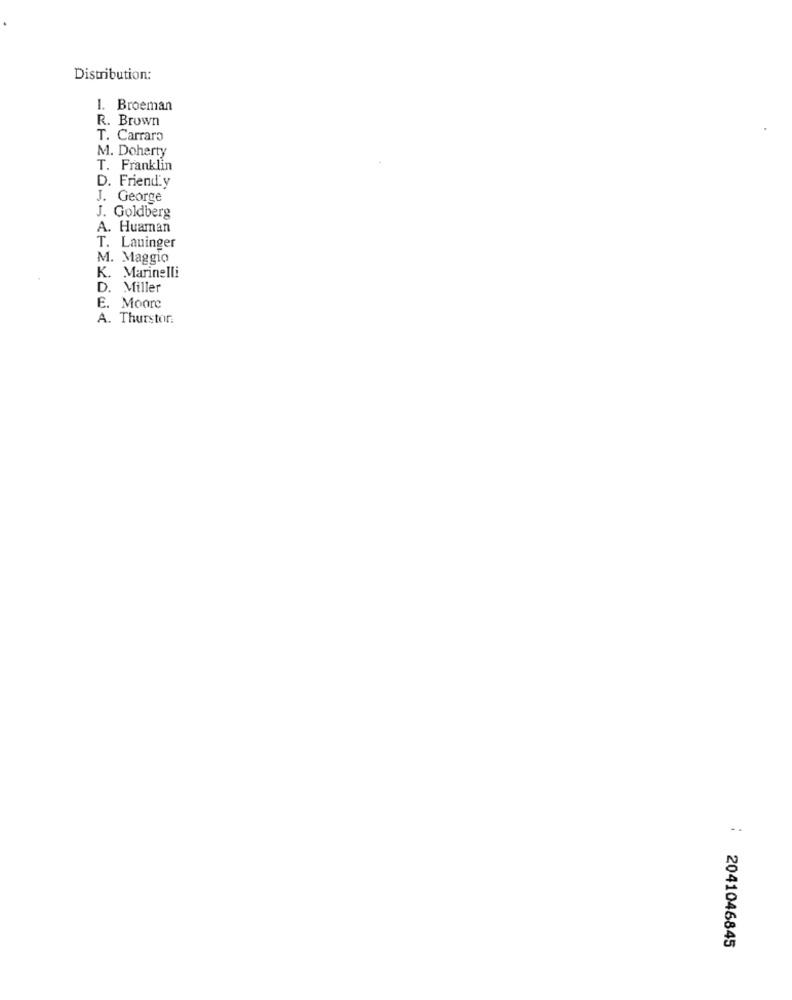
Distribution:
1. Broeman
R. Brown
T. Carraro
M. Doherty
T. Franklin
D. Friend.y
J. George
J. Goldberg
A. Huaman
T. Laninger
M. Maggio
K. Marinelli
D. Miller
E. Moore
A. Thurstor:
: 2041046845